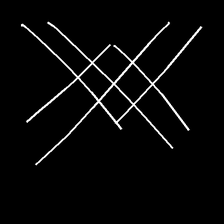
Glyph: crystal